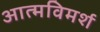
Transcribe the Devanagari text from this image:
आत्मविमर्श